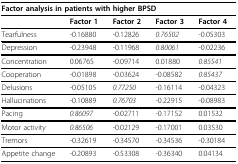
<table><thead><tr><td colspan="5"><b>Factor analysis in patients with higher BPSD</b></td></tr></thead><tbody><tr><td></td><td><b>Factor 1</b></td><td><b>Factor 2</b></td><td><b>Factor 3</b></td><td><b>Factor 4</b></td></tr><tr><td>Tearfulness</td><td>-0.16880</td><td>-0.12826</td><td><i>0.76502</i></td><td>-0.05303</td></tr><tr><td>Depression</td><td>-0.23948</td><td>-0.11968</td><td><i>0.80061</i></td><td>-0.02236</td></tr><tr><td>Concentration</td><td>0.06765</td><td>-0.09714</td><td>0.01880</td><td><i>0.85541</i></td></tr><tr><td>Cooperation</td><td>-0.01898</td><td>-0.03624</td><td>-0.08582</td><td><i>0.85437</i></td></tr><tr><td>Delusions</td><td>-0.05105</td><td><i>0.77250</i></td><td>-0.16114</td><td>-0.04323</td></tr><tr><td>Hallucinations</td><td>-0.10889</td><td><i>0.76703</i></td><td>-0.22915</td><td>-0.08983</td></tr><tr><td>Pacing</td><td><i>0.86097</i></td><td>-0.02711</td><td>-0.17152</td><td>0.01532</td></tr><tr><td>Motor activity</td><td><i>0.86506</i></td><td>-0.02129</td><td>-0.17001</td><td>0.03530</td></tr><tr><td>Tremors</td><td>-0.32619</td><td>-0.34570</td><td>-0.34536</td><td>-0.30184</td></tr><tr><td>Appetite change</td><td>-0.20893</td><td>-0.53308</td><td>-0.36340</td><td>0.04134</td></tr></tbody></table>